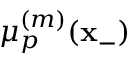
\mu _ { p } ^ { ( m ) } ( \mathbf { x } _ { - } )